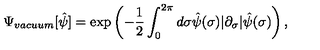
\Psi _ { v a c u u m } [ \hat { \psi } ] = \exp \left( - { \frac 1 2 } \int _ { 0 } ^ { 2 \pi } d \sigma { } \hat { \psi } ( \sigma ) | \partial _ { \sigma } | \hat { \psi } ( \sigma ) \right) ,